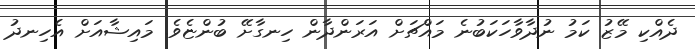
ދެއްކި މޭޒު ކަމު ނުދާވާހަކަބުނެ މައްޗަށް އަރަންދާން ހިނގާށޭ ބުންޏެވެ. މައިޝާއަށް އެހިނދު